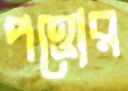
পত্তোর